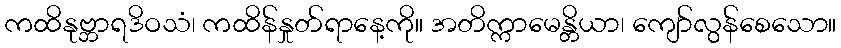
ကထိနုဗ္ဘာရဒိဝသံ၊ ကထိန်နှုတ်ရာနေ့ကို။ အတိက္ကာမေန္တိယာ၊ ကျော်လွန်စေသော။